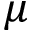
\mu